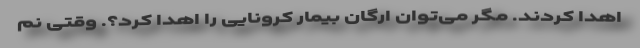
اهدا کردند. مگر می‌توان ارگان بیمار کرونایی را اهدا کرد؟. وقتی نم